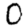
Digit: 0